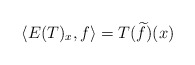
\begin{align*} \langle E(T)_x ,f\rangle = T(\widetilde{f})(x) \end{align*}